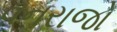
વનરાજો